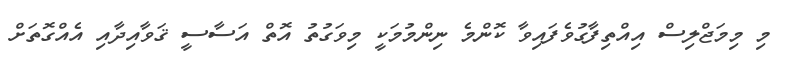
މި މިމަޖްލިސް އިއްތިފާގުވެފައިވާ ކޮންމެ ނިންމުމަކީ މިވަގުތު އޮތް އަސާސީ ޤަވާއިދާއި އެއްގޮތަށް